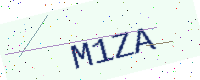
Text: M1ZA